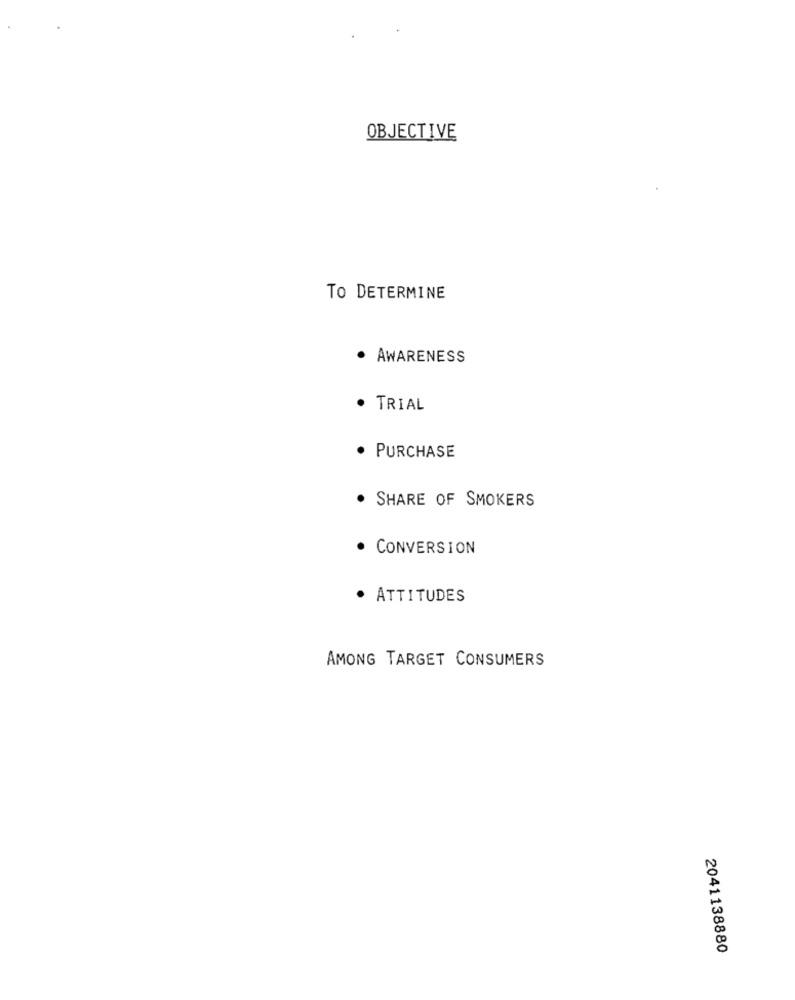
OBJECTIVE
TO DETERMINE
· AWARENESS
· TRIAL
PURCHASE
SHARE OF SMOKERS
· CONVERSION
· ATTITUDES
AMONG TARGET CONSUMERS
2041138880